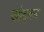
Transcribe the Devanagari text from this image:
खोद्कर